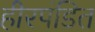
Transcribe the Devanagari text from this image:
हीरपंडित